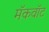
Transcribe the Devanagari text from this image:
मॅकवॉट